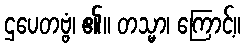
ဌပေတဗ္ဗံ၊ ၏။ တသ္မာ၊ ကြောင့်။